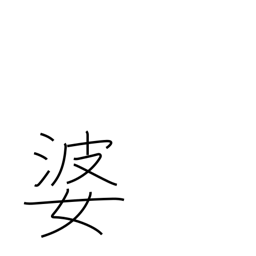
Meaning: grandma